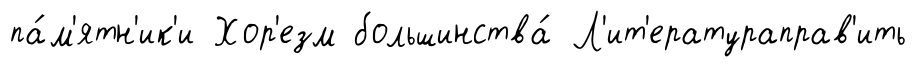
па́м'ятн'ик'и Хор'езм большинства́ Л'ит'ератураправ'ить